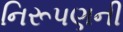
નિરૂપણની